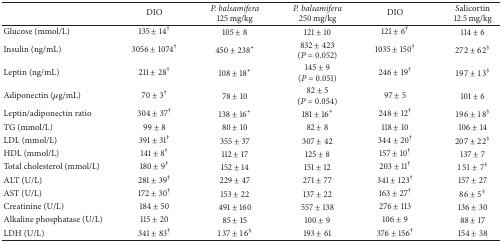
<table><thead><tr><td><b> </b></td><td><b>DIO</b></td><td><b><i>P. balsamifera </i> 125 mg/kg</b></td><td><b><i>P. balsamifera </i>250 mg/kg</b></td><td><b>DIO</b></td><td><b>Salicortin12.5 mg/kg</b></td></tr></thead><tbody><tr><td>Glucose (mmol/L)</td><td>135 ± 14<sup>†</sup></td><td>105 ± 8</td><td>121 ± 10</td><td>121 ± 6<sup>†</sup></td><td>114 ± 6 </td></tr><tr><td>Insulin (ng/mL)</td><td>3056 ± 1074<sup>†</sup></td><td>450 ± 238*</td><td>832 ± 423(<i>P</i> = 0.052)</td><td>1035 ± 150<sup>†</sup></td><td>272 ± 62<sup>§</sup></td></tr><tr><td>Leptin (ng/mL)</td><td>211 ± 28<sup>†</sup></td><td>108 ± 18*</td><td>145 ± 9(<i>P</i> = 0.051)</td><td>246 ± 19<sup>†</sup></td><td>197 ± 13<sup>§</sup></td></tr><tr><td>Adiponectin (<i>μ</i>g/mL)</td><td>70 ± 3<sup>†</sup></td><td>78 ± 10</td><td>82 ± 5(<i>P</i> = 0.054)</td><td>97 ± 5</td><td>101 ± 6</td></tr><tr><td>Leptin/adiponectin ratio</td><td>304 ± 37<sup>†</sup></td><td>138 ± 16*</td><td>181 ± 16*</td><td>248 ± 12<sup>†</sup></td><td>196 ± 18<sup>§</sup></td></tr><tr><td>TG (mmol/L)</td><td>99 ± 8</td><td>80 ± 10</td><td>82 ± 8</td><td>118 ± 10</td><td>106 ± 14</td></tr><tr><td>LDL (mmol/L)</td><td>391 ± 31<sup>†</sup></td><td>355 ± 37</td><td>307 ± 42</td><td>344 ± 20<sup>†</sup></td><td>207 ± 22<sup>§</sup></td></tr><tr><td>HDL (mmol/L)</td><td>141 ± 8<sup>†</sup></td><td>112 ± 17</td><td>125 ± 8</td><td>157 ± 10<sup>†</sup></td><td>137 ± 7</td></tr><tr><td>Total cholesterol (mmol/L)</td><td>180 ± 9<sup>†</sup></td><td>152 ± 14</td><td> 151 ± 12</td><td>203 ± 11<sup>†</sup></td><td>151 ± 7<sup>§</sup></td></tr><tr><td>ALT (U/L)</td><td>281 ± 39<sup>†</sup></td><td>229 ± 47</td><td>271 ± 77</td><td>341 ± 123<sup>†</sup></td><td>157 ± 27 </td></tr><tr><td>AST (U/L)</td><td>172 ± 30<sup>†</sup></td><td>153 ± 22</td><td>137 ± 22</td><td>163 ± 27<sup>†</sup></td><td>86 ± 5<sup>§</sup></td></tr><tr><td>Creatinine (U/L)</td><td>184 ± 50</td><td>491 ± 160</td><td>557 ± 138</td><td>276 ± 113</td><td>136 ± 30</td></tr><tr><td>Alkaline phosphatase (U/L)</td><td>115 ± 20</td><td>85 ± 15</td><td>100 ± 9</td><td>106 ± 9</td><td>88 ± 17</td></tr><tr><td>LDH (U/L)</td><td>341 ± 83<sup>†</sup></td><td>137 ± 16<sup>§</sup></td><td>193 ± 61 </td><td>376 ± 156<sup>†</sup></td><td>154 ± 38</td></tr></tbody></table>